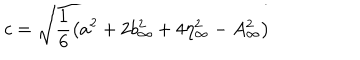
c = \sqrt { \frac { 1 } { 6 } \left( a ^ { 2 } + 2 b _ { \infty } ^ { 2 } + 4 \eta _ { \infty } ^ { 2 } - A _ { \infty } ^ { 2 } \right) }